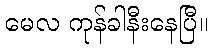
မေလ ကုန်ခါနီးနေပြီ။